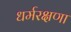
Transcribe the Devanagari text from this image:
धर्मरक्षणा